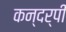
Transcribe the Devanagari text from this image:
कन्दर्पी